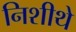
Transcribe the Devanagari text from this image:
निशीथे